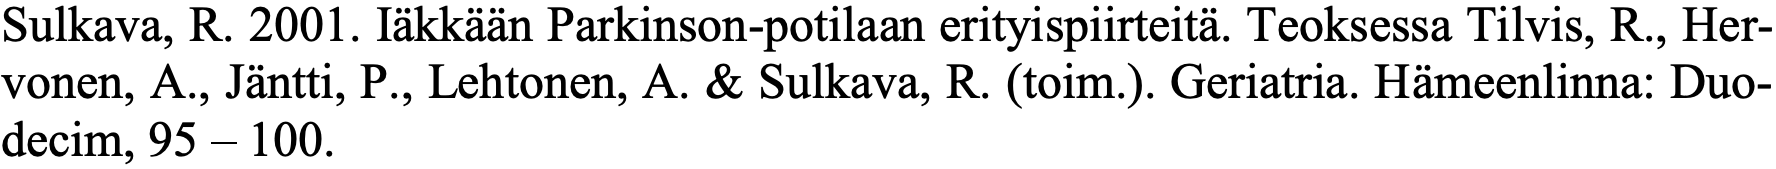
Sulkava, R. 2001. Iäkkään Parkinson-potilaan erityispiirteitä. Teoksessa Tilvis, R., Her- vonen, A., Jäntti, P., Lehtonen, A. & Sulkava, R. (toim.). Geriatria. Hämeenlinna: Duo- decim, 95 – 100.